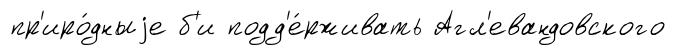
пр'иро́дныjе б'и подд'е́рживать Агл'евандовского